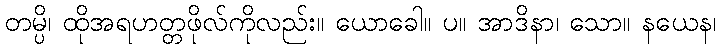
တမ္ပိ၊ ထိုအရဟတ္တဖိုလ်ကိုလည်း။ ယောခေါ။ ပ။ အာဒိနာ၊ သော။ နယေန၊